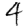
Digit: 4